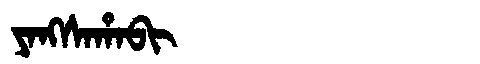
Manchu: ᠶᠠᠩᠰᠠᡥᠠᠪᡳ
Romanization: YANGSAHABI